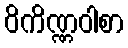
ဝိကိဏ္ဏဝါစာ